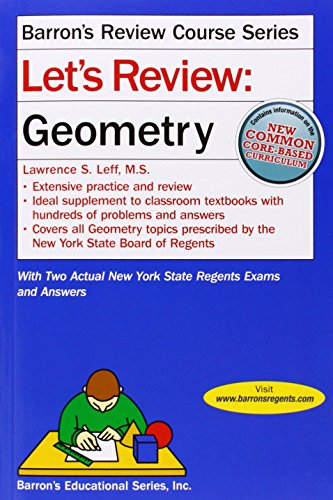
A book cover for Let's Review Geometry (Let's Review Series); Lawrence Leff; Test Preparation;